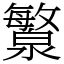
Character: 瀪